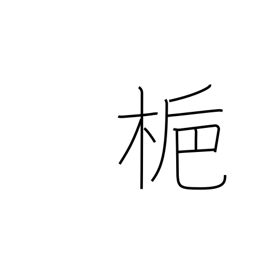
Meaning: gardenia